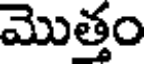
మొత్తం